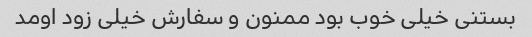
بستنی خیلی خوب بود ممنون و سفارش خیلی زود اومد